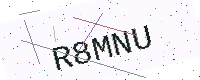
Text: R8MNU